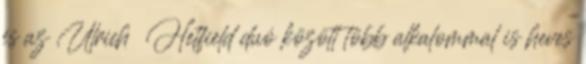
és az Ulrich Hetfield duó között több alkalommal is heves